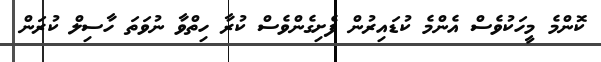
ކޮންމެ މީހަކުވެސް އެންމެ ކުޑައިރުން ފެށިގެންވެސް ކުރާ ހިތްވާ ނުވަތަ ހާސިލް ކުރަން